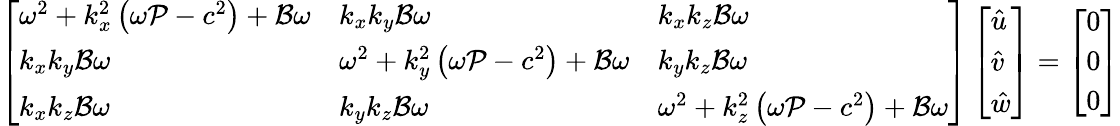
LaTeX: \left[\begin{array}{lll}{\omega^{2}+k_{x}^{2}\left(\omega\mathcal{P}-c^{2}\right)+\mathcal{B}\omega}&{k_{x}k_{y}\mathcal{B}\omega}&{k_{x}k_{z}\mathcal{B}\omega}\\ {k_{x}k_{y}\mathcal{B}\omega}&{\omega^{2}+k_{y}^{2}\left(\omega\mathcal{P}-c^{2}\right)+\mathcal{B}\omega}&{k_{y}k_{z}\mathcal{B}\omega}\\ {k_{x}k_{z}\mathcal{B}\omega}&{k_{y}k_{z}\mathcal{B}\omega}&{\omega^{2}+k_{z}^{2}\left(\omega\mathcal{P}-c^{2}\right)+\mathcal{B}\omega}\end{array}\right]\left[\begin{array}{l}{\hat{u}}\\ {\hat{v}}\\ {\hat{w}}\end{array}\right]=\left[\begin{array}{l}{0}\\ {0}\\ {0}\end{array}\right]